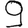
Digit: 9